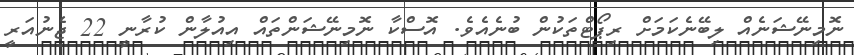
ނޮމިނޭޝަނެއް ލިބޭނެކަމަށް ރިޕޯޓްތަކުން ބުނެއެވެ. އޮސްކާ ނޮމިނޭޝަންތައް އިއުލާން ކުރާނީ 22 ޖެނުއަރީ